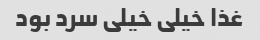
غذا خیلی خیلی سرد بود